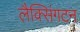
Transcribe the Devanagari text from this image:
लैक्सिंगटन